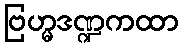
ဗြဟ္မဒဏ္ဍကထာ